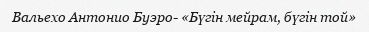
Вальехо Антонио Буэро- «Бүгін мейрам, бүгін той»